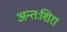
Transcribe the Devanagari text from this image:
अन्तःशिरा